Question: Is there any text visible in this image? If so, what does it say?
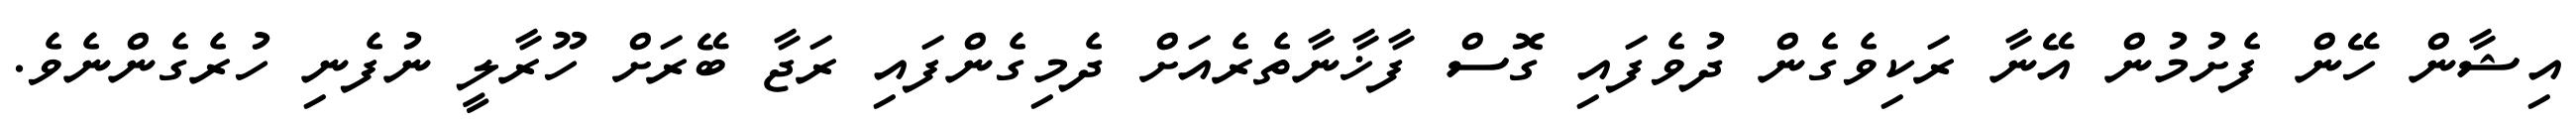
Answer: އިޝާން ހޭން ފެށުމުން އޭނާ ރަކިވެގެން ދުވެފައި ގޮސް ފާޚާނާތެރެއަށް ދެމިގެންފައި ރަޖާ ބޭރަށް ހޫރާލީ ނުފެނި ހުރެގެންނެވެ.